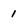
Character: 1